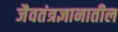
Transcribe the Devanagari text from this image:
जैवतंत्रज्ञानातील